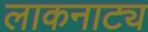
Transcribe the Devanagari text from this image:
लाकनाट्य